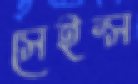
সেইন্স